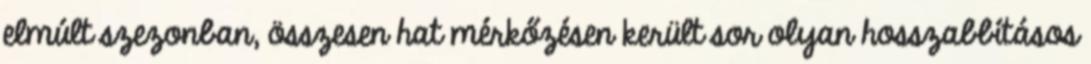
elmúlt szezonban, összesen hat mérkőzésen került sor olyan hosszabbításos